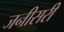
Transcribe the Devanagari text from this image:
जनीसरी